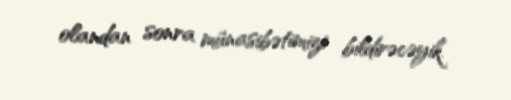
olandan sonra münasibətimizi bildirəcəyik.